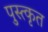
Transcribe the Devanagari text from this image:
पुस्त्कृत